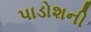
પાડોશની